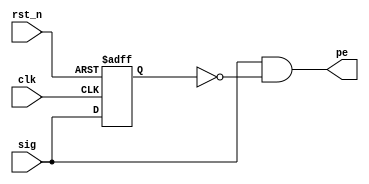
// posedge_det.v
// Glenn G. Ko
// giko@illinois.edu
// positive edge detector

module posedge_det
(
    input   clk,
    input   sig,
    input   rst_n, 
    output  pe
);

    reg sig_d;
    always @ (posedge clk or negedge rst_n) begin 
        if (!rst_n)
            sig_d <= 0;
        else
            sig_d <= sig;
    end
    assign pe = sig & ~ sig_d;

endmodule